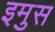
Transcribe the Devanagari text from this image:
इमुस